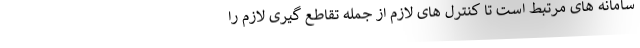
سامانه های مرتبط است تا کنترل های لازم از جمله تقاطع گیری لازم را